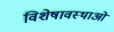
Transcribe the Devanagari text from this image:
विशेषावस्थाओं